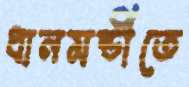
ধানমন্ডীতে